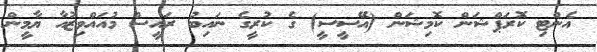
އެންޓި ކޮރަޕްޝަން ކޮމިޝަން (އޭސީސީ) ގެ ކުރީގެ ނައިބު ރައީސް މުއައްވިޒުއާ ޔާމީން